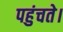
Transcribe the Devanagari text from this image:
पहुंचते।